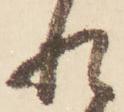
れ